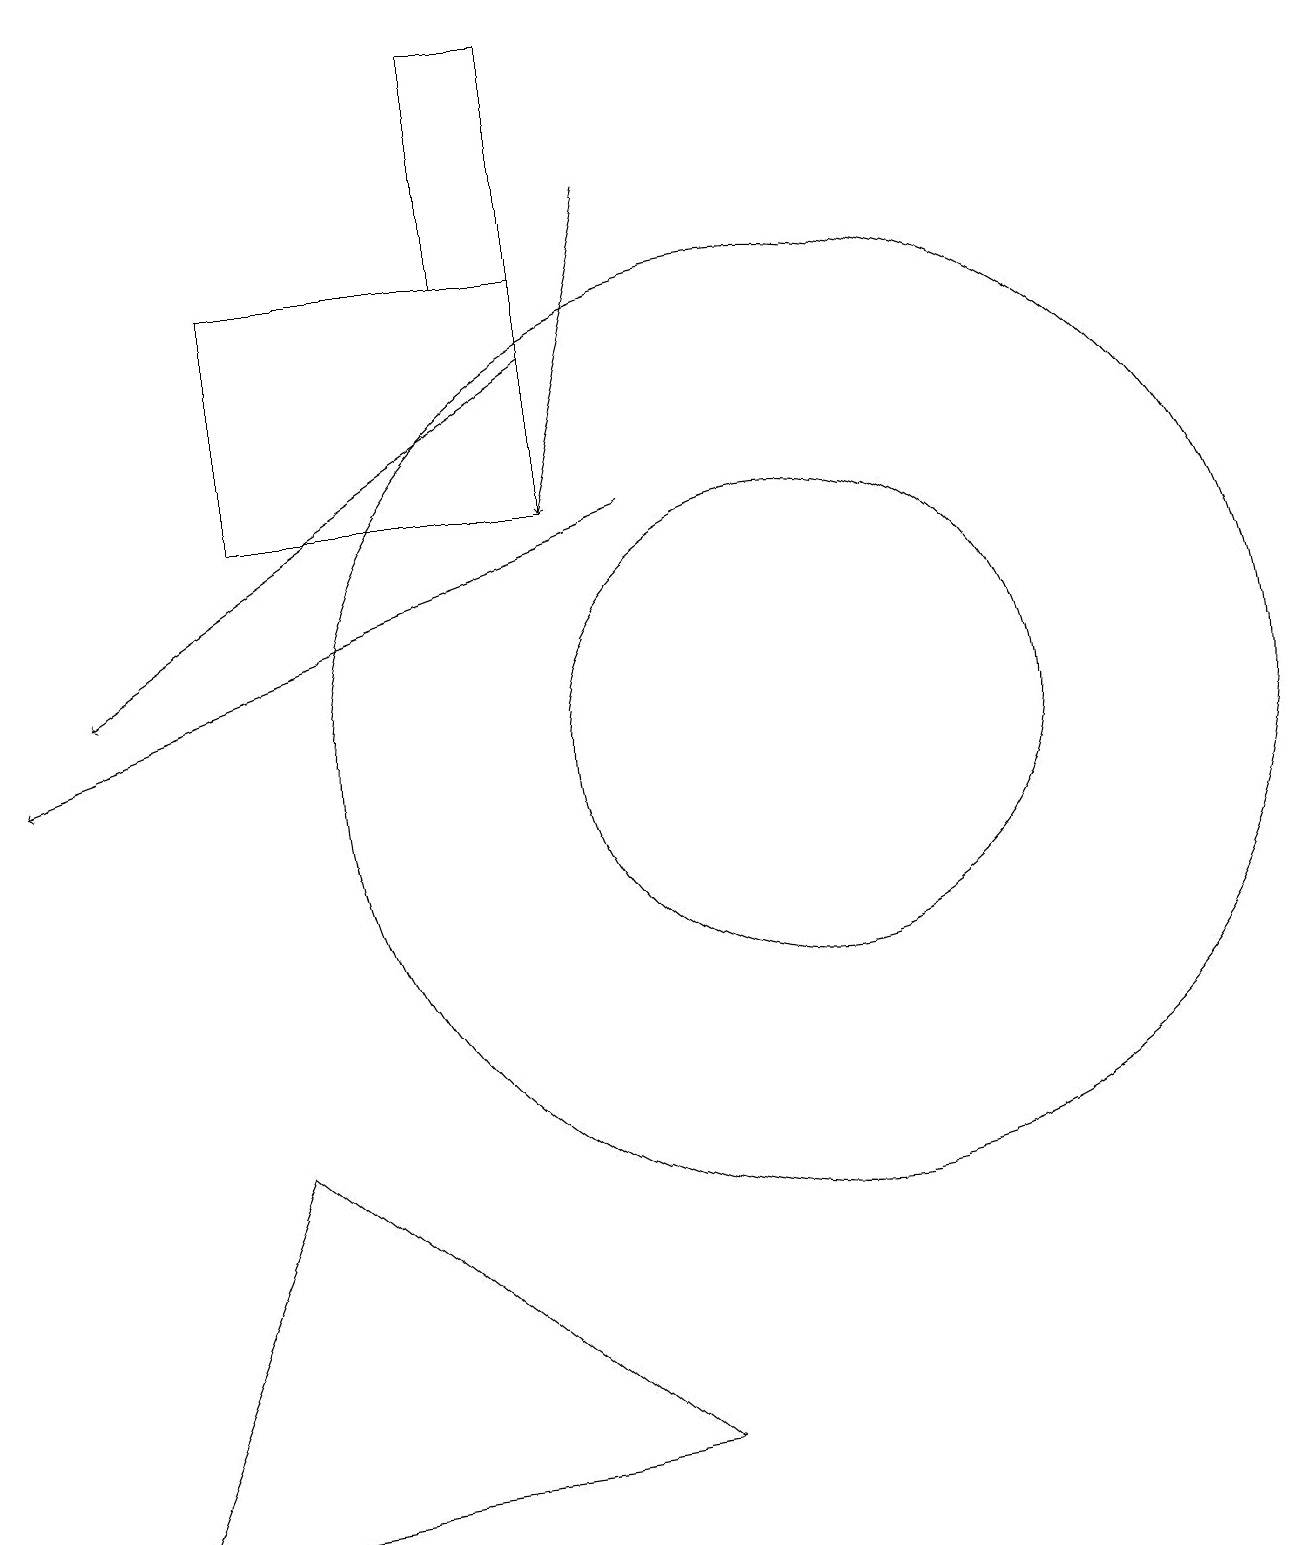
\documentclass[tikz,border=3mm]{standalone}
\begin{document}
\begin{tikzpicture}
\draw (8,16) rectangle (7,19);
\draw (8,13) rectangle (4,16);
\draw (11,10) circle (6);
\draw (4,5) -- (2,0) -- (9,1) -- cycle;
\draw[->] (8,15) -- (2,11);
\draw[->] (9,17) -- (8,13);
\draw (11,10) circle (3);
\draw[->] (9,13) -- (1,10);
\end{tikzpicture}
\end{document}